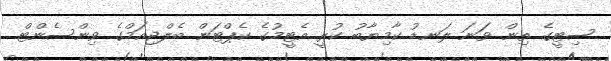
ސިޓީގެ ތިން ވަަނަ ލަނޑު ކާމިޔާބު ކުރީ އެޓީމުގެ ކެޕްޓަން ބެލްޖިއަމްގެ ވިންސެންޓް